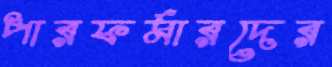
পারফর্মারদের